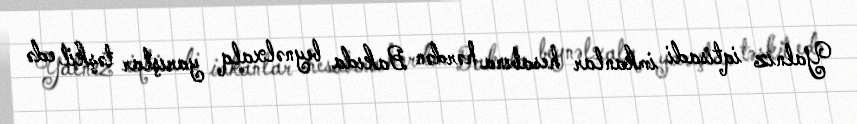
Yalnız iqtisadi imkanlar hesabına hərdən Bakıda beynəlxalq yarışlar təşkil edə